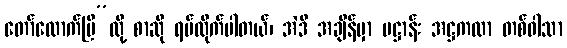
တော်လောက်ပြီ”လို့ စာဆို ရပ်လိုက်ပါတယ်၊ အဲဒီ အချိန်မှာ ပဋ္ဌာန်း အဋ္ဌကထာ တစ်ဝါသာ